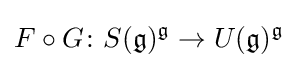
F\circ G\colon S({\mathfrak {g}})^{\mathfrak {g}}\to U({\mathfrak {g}})^{\mathfrak {g}}